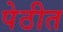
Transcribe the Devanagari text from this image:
पेठीत